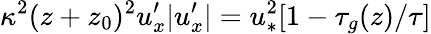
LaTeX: \kappa^{2}(z+z_{0})^{2}u_{x}^{\prime}|u_{x}^{\prime}|=u_{\ast}^{2}[1-\tau_{g}(z)/\tau]